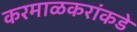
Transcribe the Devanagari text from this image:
करमाळकरांकडे